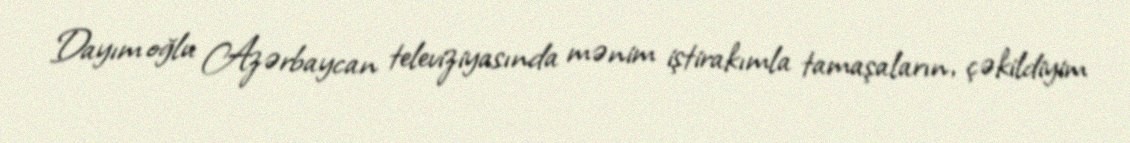
Dayım oğlu Azərbaycan televiziyasında mənim iştirakımla tamaşaların, çəkildiyim